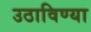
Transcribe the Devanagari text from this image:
उठाविण्या